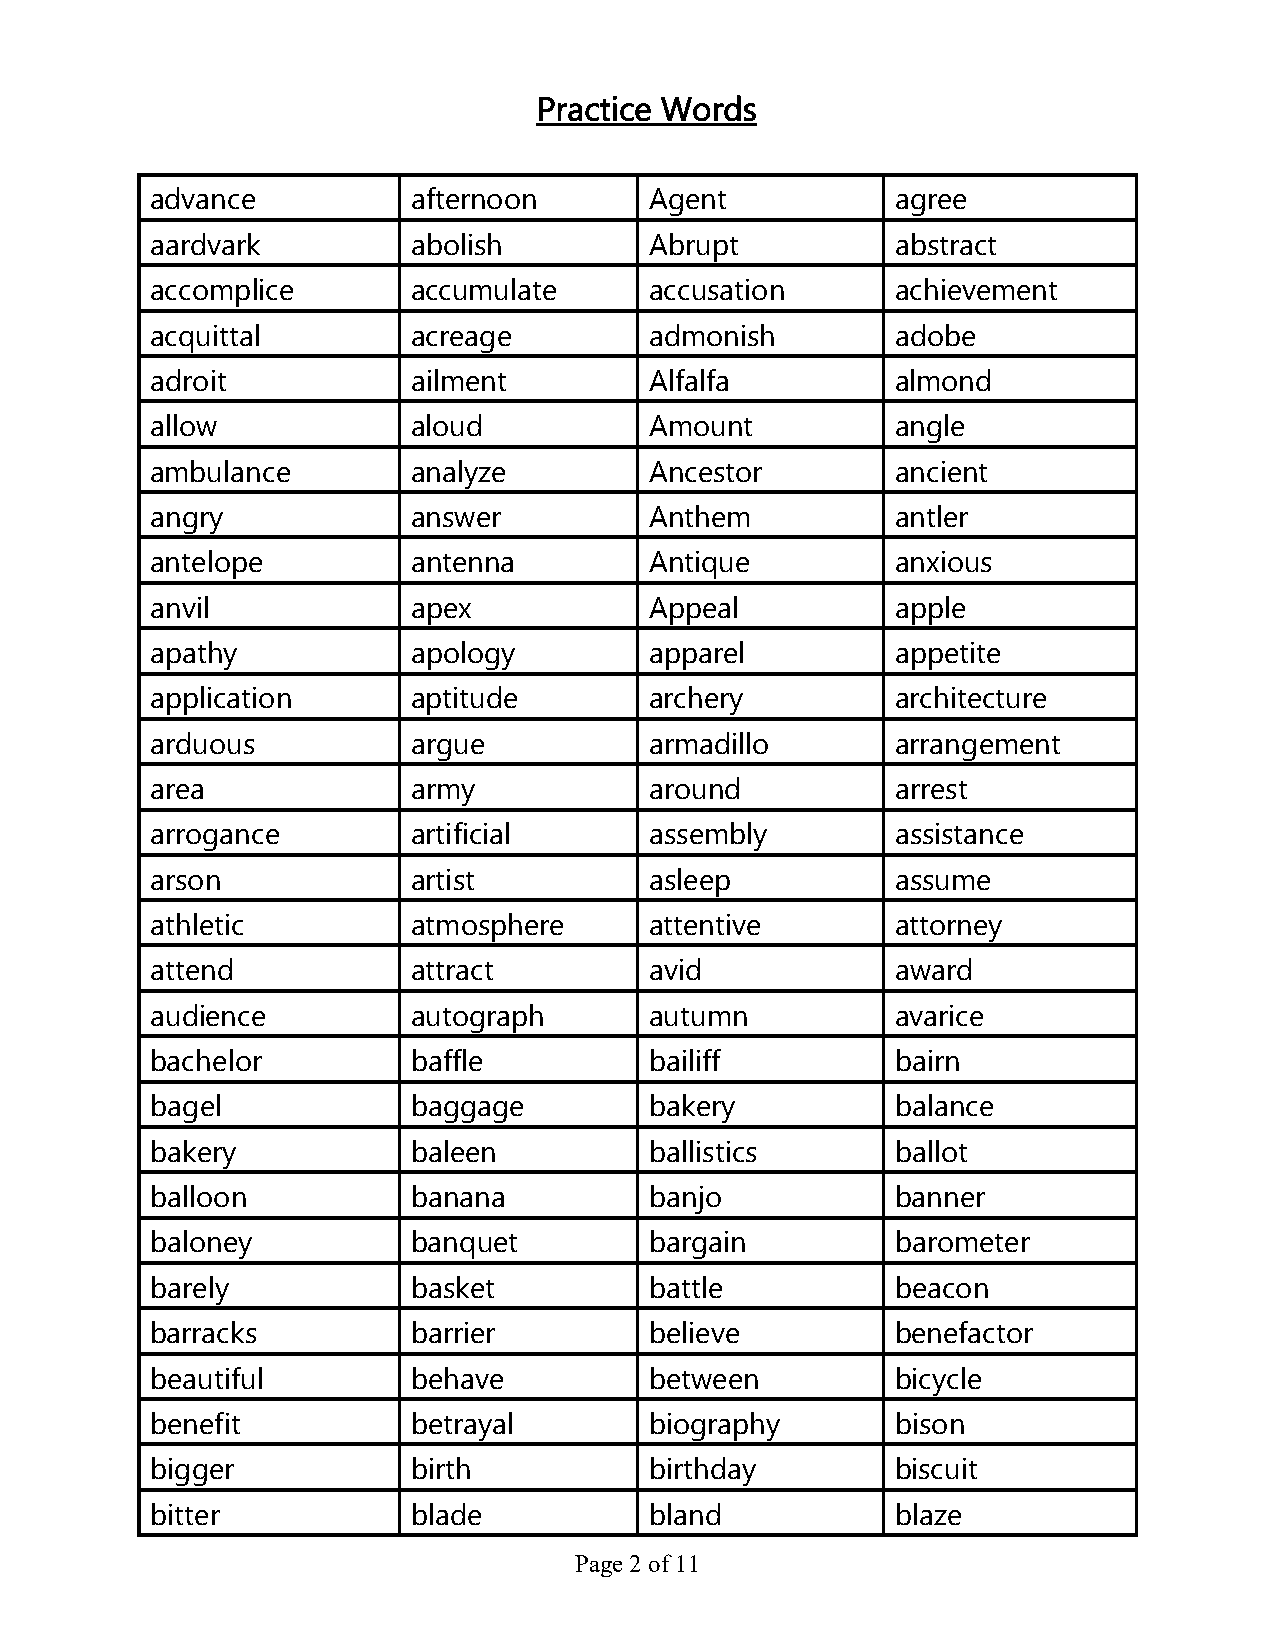
Practice Words
 advance          afternoon       Agent           agree
 aardvark         abolish         Abrupt          abstract
 accomplice       accumulate      accusation      achievement
 acquittal        acreage         admonish        adobe
 adroit           ailment         Alfalfa         almond
 allow            aloud           Amount          angle
 ambulance        analyze         Ancestor        ancient
 angry            answer          Anthem          antler
 antelope         antenna         Antique         anxious
 anvil            apex            Appeal          apple
 apathy           apology         apparel         appetite
 application      aptitude        archery         architecture
 arduous          argue           armadillo       arrangement
 area             army            around          arrest
 arrogance        artificial      assembly        assistance
 arson            artist          asleep          assume
 athletic         atmosphere      attentive       attorney
 attend           attract         avid            award
 audience         autograph       autumn          avarice
 bachelor         baffle          bailiff         bairn
 bagel            baggage         bakery          balance
 bakery           baleen          ballistics      ballot
 balloon          banana          banjo           banner
 baloney          banquet         bargain         barometer
 barely           basket          battle          beacon
 barracks         barrier         believe         benefactor
 beautiful        behave          between         bicycle
 benefit          betrayal        biography       bison
 bigger           birth           birthday        biscuit
 bitter           blade           bland           blaze
 Page 2 of 11